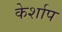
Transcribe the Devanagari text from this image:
केर्शाप